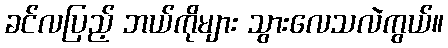
ခင်လပြည့် ဘယ်ကိုများ သွားလေသလဲကွယ်။